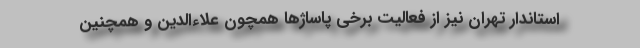
استاندار تهران نیز از فعالیت برخی پاساژها همچون علاءالدین و همچنین